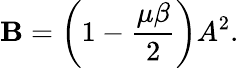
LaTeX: \mathbf{B}=\left(1-\frac{{\mu\beta}}{{2}}\right)A^{2}.